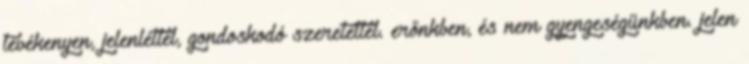
tevékenyen, jelenléttel, gondoskodó szeretettel. erőnkben, és nem gyengeségünkben. jelen